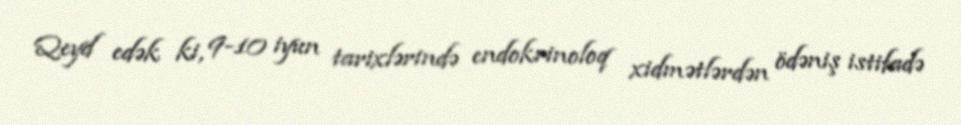
Qeyd edək ki, 9-10 iyun tarixlərində endokrinoloq xidmətlərdən ödəniş istifadə